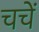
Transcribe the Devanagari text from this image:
चचें